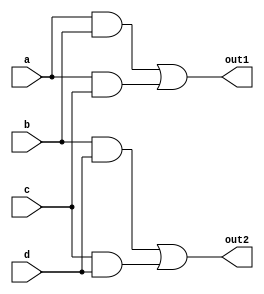
module multi_level_logic(
    input wire a, b, c, d, // Input signals
    output wire out1, out2 // Output signals
);

// Intermediate signals for multi-level logic
wire ab, ac, bd, cd, ab_c, bd_d;

// First level of logic functions
and u1(ab, a, b);         // AND gate: ab = a AND b
and u2(ac, a, c);         // AND gate: ac = a AND c
and u3(bd, b, d);         // AND gate: bd = b AND d
and u4(cd, c, d);         // AND gate: cd = c AND d

// Second level of logic functions
or  u5(ab_c, ab, ac);     // OR gate: ab_c = ab OR ac
or  u6(bd_d, bd, cd);     // OR gate: bd_d = bd OR cd

// Final outputs based on simplified logic
assign out1 = ab_c;       // Output 1
assign out2 = bd_d;       // Output 2

endmodule